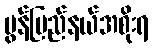
မွန်ပြည်နယ်အစိုးရ